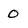
Character: 0